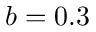
b = 0 . 3